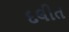
દલીત